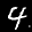
Label: 4